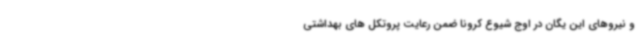
و نیروهای این یگان در اوج شیوع کرونا ضمن رعایت پروتکل های بهداشتی